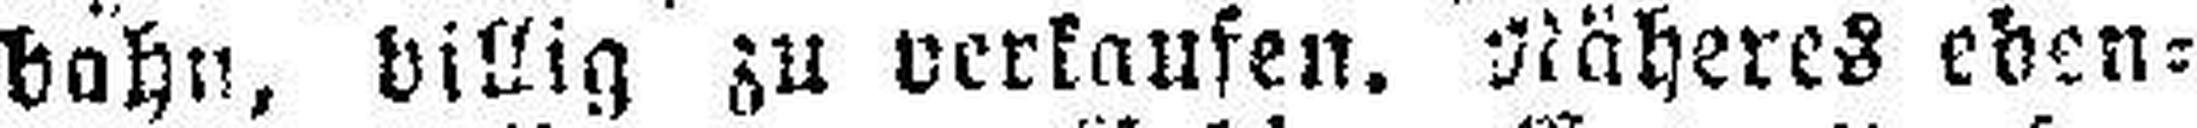
hahn, billig zu verkaufen, Näheres eben¬